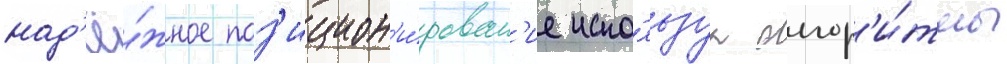
над'ё́жное поз'ицион'и́рован'ие испо́льзуа алгор'и́тмы